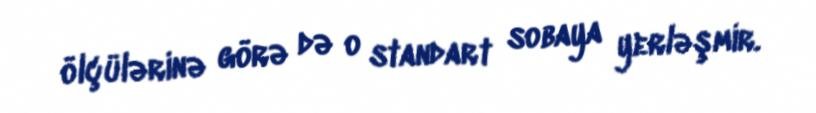
ölçülərinə görə də o standart sobaya yerləşmir.